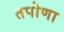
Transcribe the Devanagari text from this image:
तपोणा